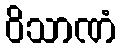
ဝိသာဏံ